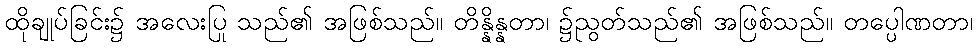
ထိုချုပ်ခြင်း၌ အလေးပြု သည်၏ အဖြစ်သည်။ တိန္နိန္နတာ၊ ၌ညွတ်သည်၏ အဖြစ်သည်။ တပ္ပေါဏတာ၊